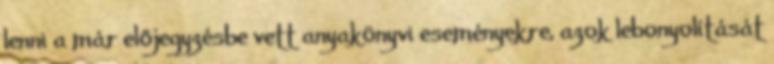
lenni a már előjegyzésbe vett anyakönyvi eseményekre, azok lebonyolítását